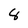
Character: 8